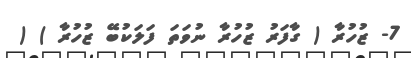
7- ޒުހުރާ ( ގާފަރު ޒުހުރާ ނުވަތަ ފަލަކުބޭ ޒުހުރާ ) (